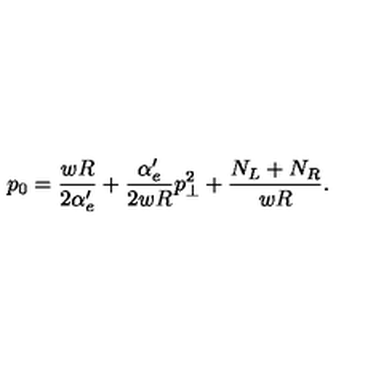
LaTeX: p _ { 0 } = \frac { w R } { 2 \alpha _ { e } ^ { \prime } } + \frac { \alpha _ { e } ^ { \prime } } { 2 w R } p _ { \perp } ^ { 2 } + \frac { N _ { L } + N _ { R } } { w R } .